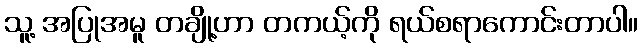
သူ့ အပြုအမူ တချို့ဟာ တကယ့်ကို ရယ်စရာကောင်းတာပါ။